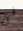
فى